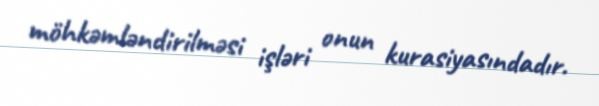
möhkəmləndirilməsi işləri onun kurasiyasındadır.